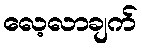
လေ့လာချက်